Assam Mental Hospital (Tezpur, India) - 1933-1948
Year: 1933
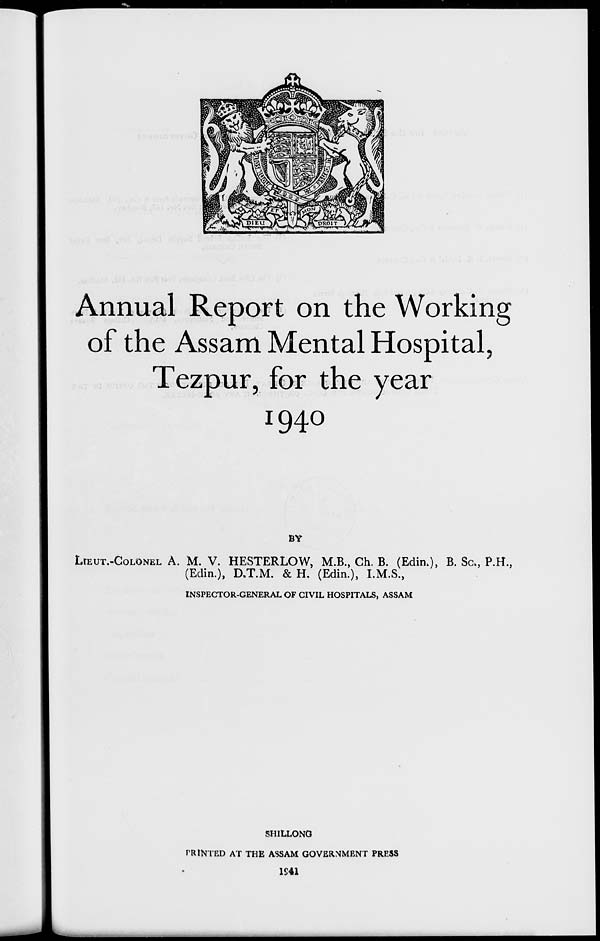
Annual Report on the Working
of the Assam Mental Hospital,
Tezpur, for the year
1940
BY
LIEUT.-COLONEL A. M. V. HESTERLOW, M.B., Ch. B. (Edin.), B. Sc., P.H.,
(Edin.), D.T.M. & H. (Edin.), I.M.S.,
INSPECTOR-GENERAL OF CIVIL HOSPITALS, ASSAM
SHILLONG
PRINTED AT THE ASSAM GOVERNMENT PRESS
1941